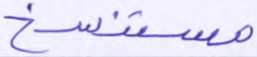
مستنسخ